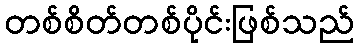
တစ်စိတ်တစ်ပိုင်းဖြစ်သည်